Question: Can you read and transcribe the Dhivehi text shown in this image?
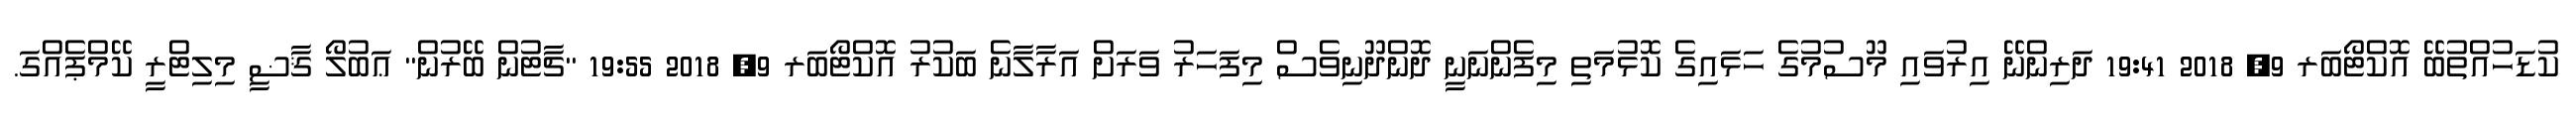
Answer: ކުޑަހުއްތުބޭ އޮކްޓޯބަރ 9, 2018 19:41 ދަރިންނޭ އިރުވައި މޫސުމުގެ ހަޅައިގެ ކޮޅުމަތި މިފެންނަނީ ދޮންދޫނިވެސް މިފަހަރު ވަރަށް އަރާލާނެ ބަކުރު އޮކްޓޯބަރ 9, 2018 19:55 "ޗާޓުން ބޭރުން" ޢަބުލޯ ޤާޟީ މިލިޓްރީ ކޭމްޕެއްގަ.